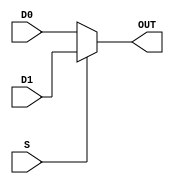
//Mux 2:1

module Mux2_1(input wire D0, D1, S, output wire OUT);

    assign OUT = S ? D1 : D0;

endmodule

//Mux 4:1
module Mux4_1(input wire D0, D1, D2, D3, S0, S1, output wire OUT);

    wire OUT1, OUT2;

    Mux2_1 mux0(D0, D1, S1, OUT1);
    Mux2_1 mux1(D2, D3, S1, OUT2);

    Mux2_1 mux2(OUT1, OUT2, S0, OUT);

endmodule

//Mux 8:1
module Mux8_1(input wire D0, D1, D2, D3, D4, D5, D6, D7, S0, S1, S2, output wire OUT);

    wire OUT1, OUT2;

    Mux4_1 mux0(D0, D1, D2, D3, S1, S2, OUT1);
    Mux4_1 mux1(D4, D5, D6, D7, S1, S2, OUT2);

    Mux2_1 mux2(OUT1, OUT2, S0, OUT);

endmodule

//TABLA 1 MUX 8:1
module Ejercicio1_mux8(input wire A, B, C, output wire OUT);

  wire GND, VE;
  assign VE = 1;
  assign GND = 0;

  Mux8_1 mux0(GND, VE, VE, GND, VE, GND, GND, VE, A, B, C, OUT);

endmodule

//TABLA 1 MUX 4:1
module Ejercicio1_mux4(input wire A, B, C, output wire OUT);
  wire NC;
  assign NC = ~C;

  Mux4_1 mux0(C, NC, NC, C, A, B, OUT);

endmodule

//TABLA 1 MUX 2:1
module Ejercicio1_mux2(input wire A, B, C, output wire OUT);

  wire O1, O2;
  assign O1 = B^C;
  assign O2 = B~^C;

  Mux2_1 mux0(O1, O2 ,A, OUT);

endmodule


//TABLA 2 MUX 8:1
module Ejercicio2_mux8(input wire A, B, C, output wire OUT);

  wire GND, VE;
  assign VE = 1;
  assign GND = 0;

  Mux8_1 mux0(VE, GND, GND, GND, GND, VE, VE, GND, A, B, C, OUT);

endmodule

//TABLA 2 MUX 4:1
module Ejercicio2_mux4(input wire A, B, C, output wire OUT);
  wire NC, GND;
  assign NC = ~C;
  assign GND = 0;

  Mux4_1 mux0(NC, GND, C, NC, A, B, OUT);

endmodule

//TABLA 2 MUX 2:1
module Ejercicio2_mux2(input wire A, B, C, output wire OUT);

  wire O1, O2;
  assign O1 = B^C;
  assign O2 = B~|C;

  Mux2_1 mux0(O2, O1, A, OUT);

endmodule